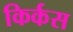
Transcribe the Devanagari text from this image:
किर्कस